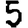
Digit: 5